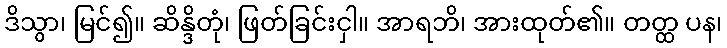
ဒိသွာ၊ မြင်၍။ ဆိန္ဒိတုံ၊ ဖြတ်ခြင်းငှါ။ အာရဘိ၊ အားထုတ်၏။ တတ္ထ ပန၊